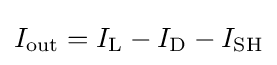
I_{\text{out}}=I_{\text{L}}-I_{\text{D}}-I_{\text{SH}}